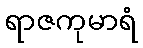
ရာဇကုမာရံ